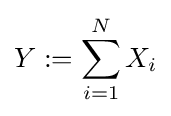
Y:=\sum _{i=1}^{N}X_{i}